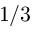
1 / 3